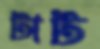
টাট